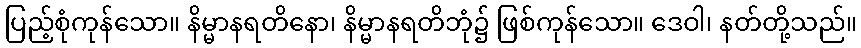
ပြည့်စုံကုန်သော။ နိမ္မာနရတိနော၊ နိမ္မာနရတိဘုံ၌ ဖြစ်ကုန်သော။ ဒေဝါ၊ နတ်တို့သည်။